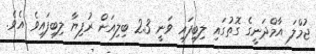
ޖުމްލަ އާމްދަނީގެ ގޮތުގައި ލިބިފައި ވަނީ 2.3 ބިލިއަން ރުފިޔާ ލިބިފައިވެ އެވެ.